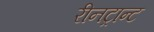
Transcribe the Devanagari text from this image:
रीनट्रान्ट